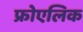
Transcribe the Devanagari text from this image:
फ्रोएलिक